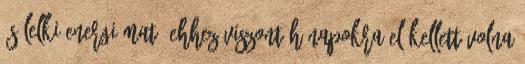
és lelki energiámat. Ehhez viszont hónapokra el kellett volna